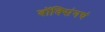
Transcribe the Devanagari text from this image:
बॉक्सिंगचं